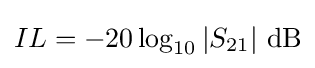
IL=-20\log _{10}\left|S_{21}\right|\,{\text{dB}}